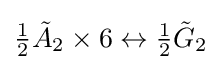
{\tfrac {1}{2}}{\tilde {A}}_{2}\times 6\leftrightarrow {\tfrac {1}{2}}{\tilde {G}}_{2}